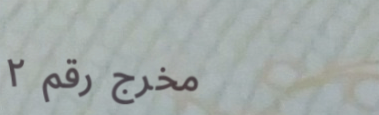
مخرج رقم ٢